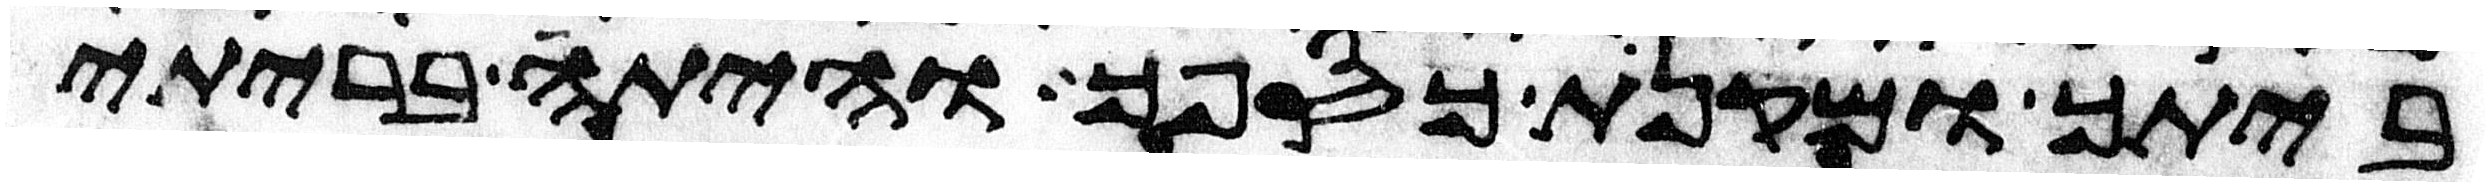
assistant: ביתך ומקנת כספך והיתה בריתי